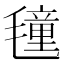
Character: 𭯤